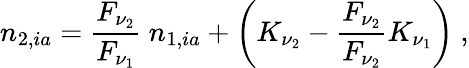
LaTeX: n_{2,ia}=\frac{F_{\nu_{2}}}{F_{\nu_{1}}}\ n_{1,ia}+\left(K_{\nu_{2}}-\frac{F_{\nu_{2}}}{F_{\nu_{2}}}K_{\nu_{1}}\right)\ ,